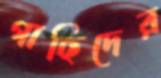
গাছিদের